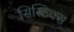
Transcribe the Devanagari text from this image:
सिस्टिक्स